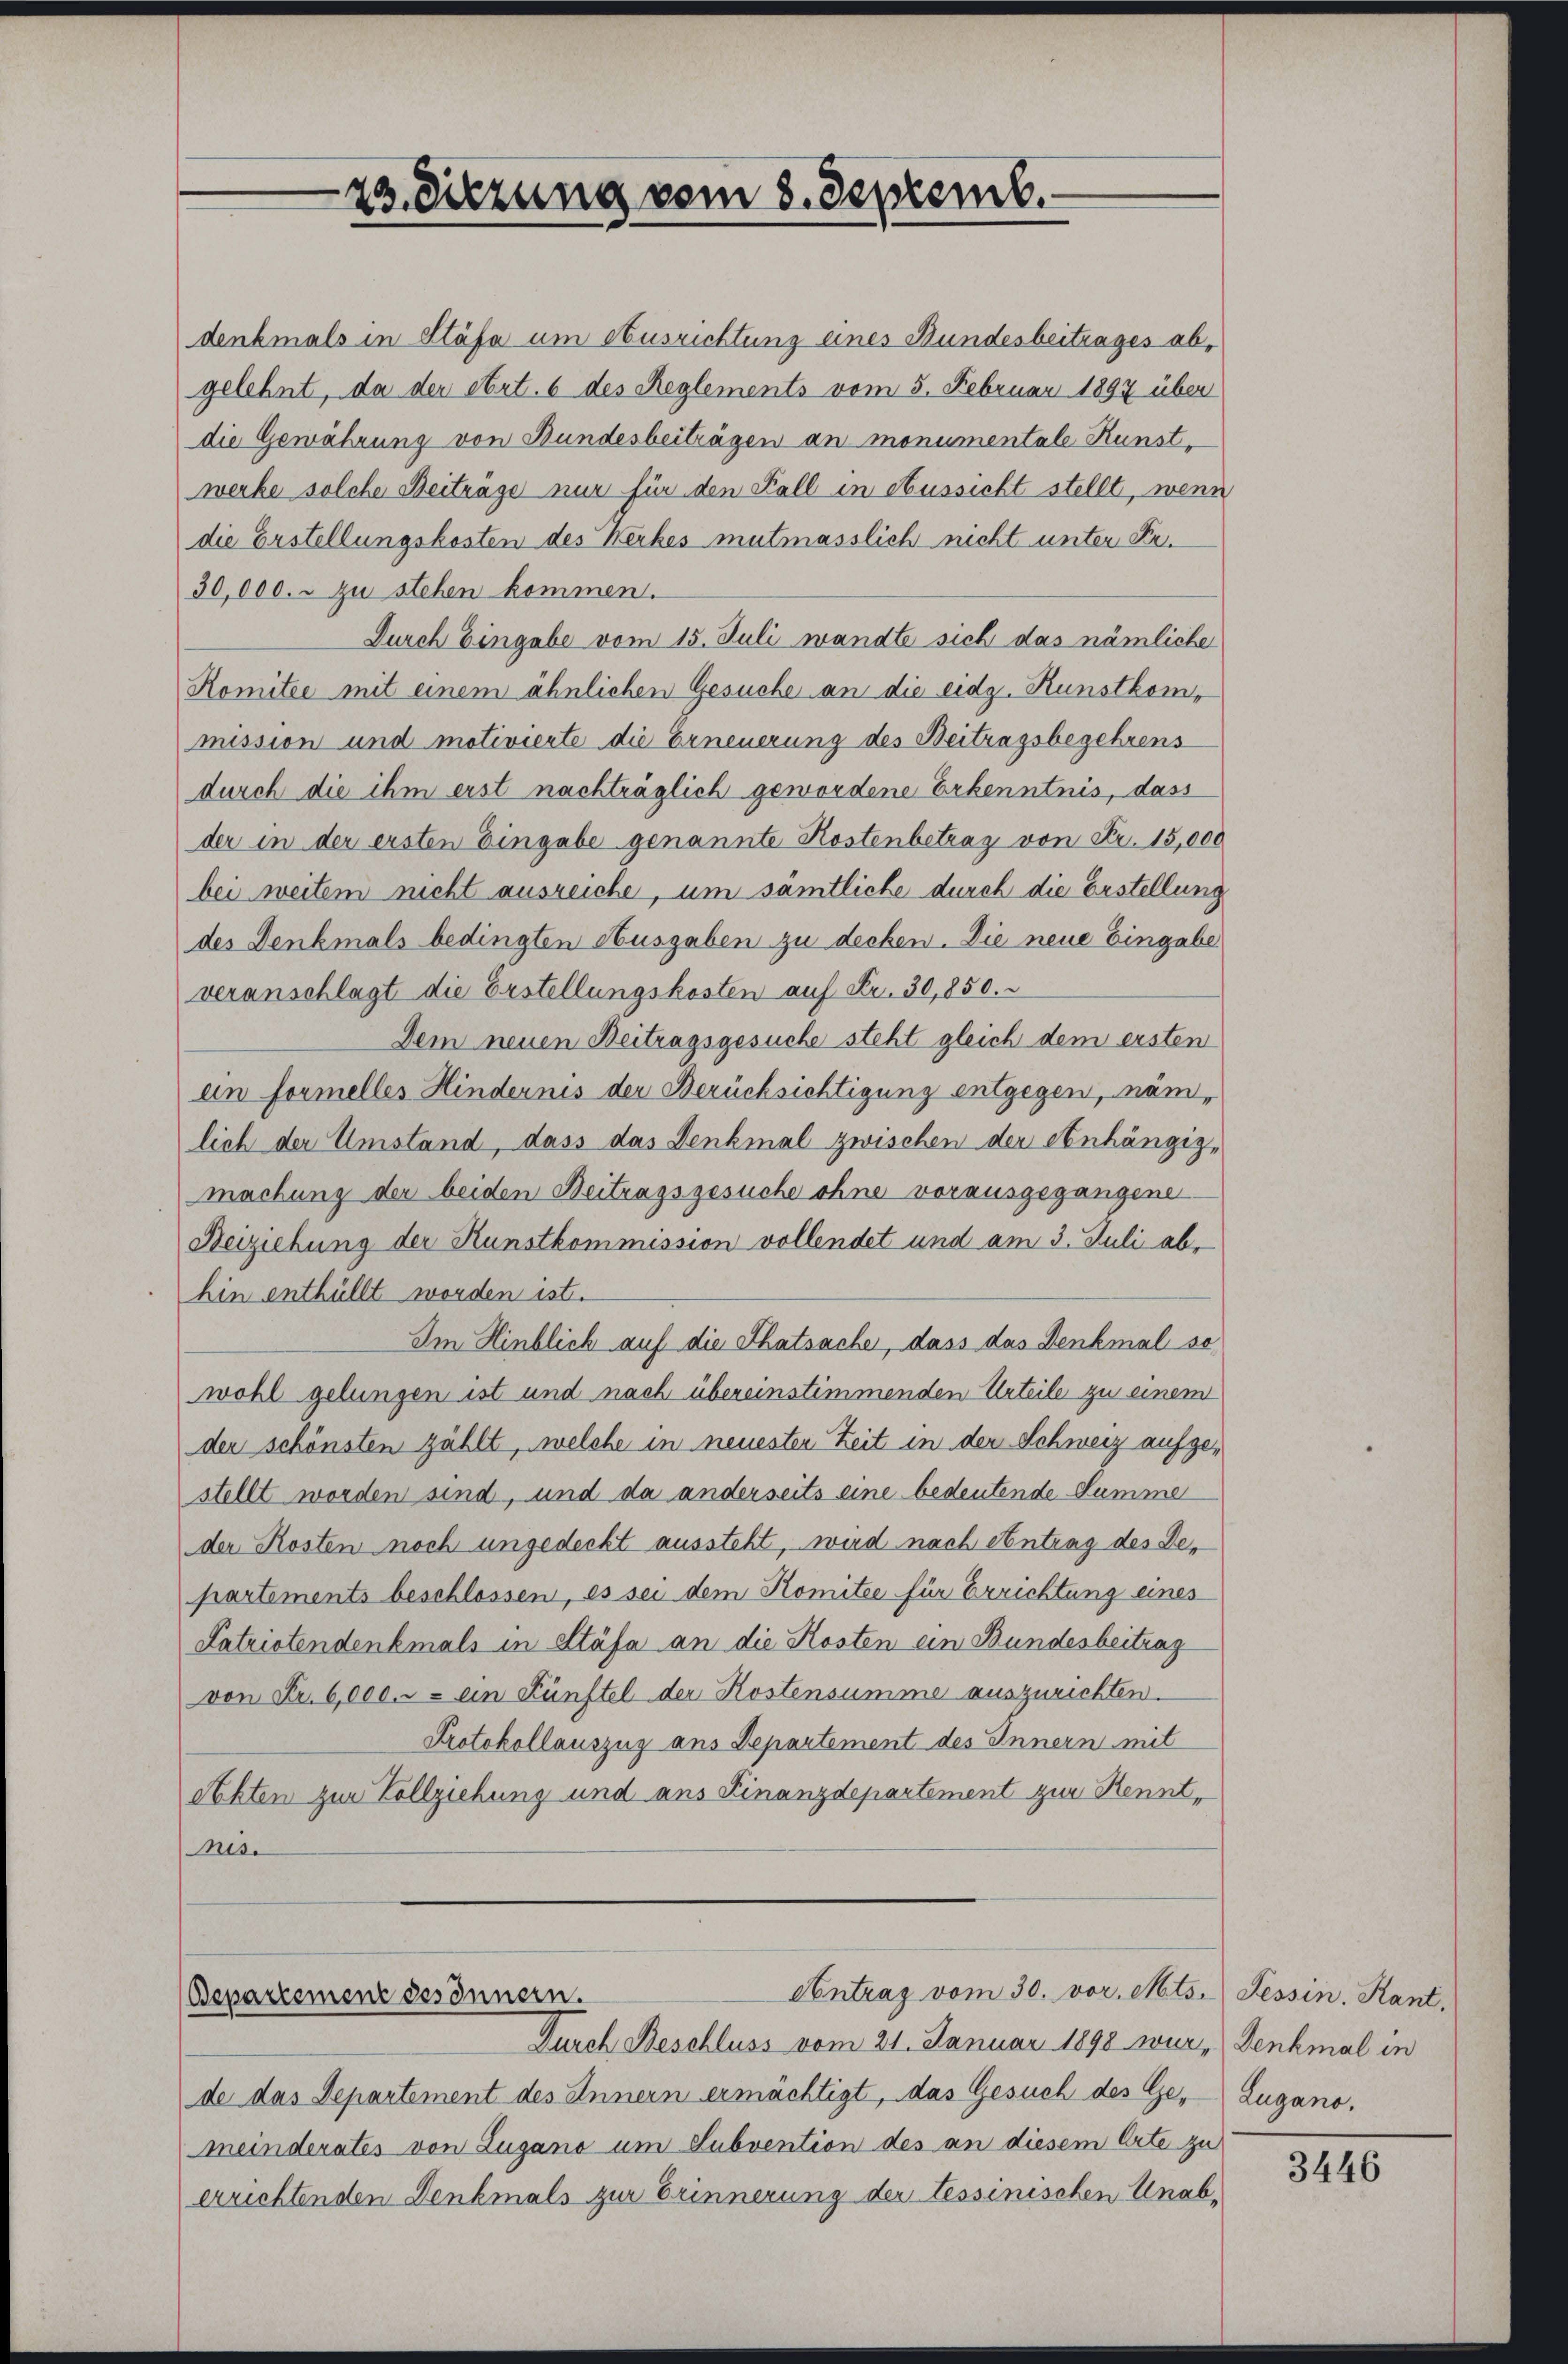
23. Sitzung vom 8. Septemb.

denbmals in Stäfa um Ausrichtung eines Bundesbeitrages abgelehnt, da der Art. 6 des Reglements vom 5. Februar 1897 über
die Gewährung von Bundesbeiträgen an monumentale Kunstwerbe solche Beiträge nur für den Fall in Aussicht stellt, wenn
die Erstellungskosten des Kerkes mutmasslich nicht unter Re¬
30,000.- zu stehen kommen.
Durch Eingabe vom 15. Juli wandte sich das nämliche
Komitee mit einem ähnlichen Gesuche an die eidg. Kunstkommission und motivierte die Erneuerung des Beitragsbegehrens
durch die ihm erst nachträglich gewordene Erkenntnis, dass
der in der ersten Eingabe genannte Kostenbetrag von Fr. 15,000
bei weitem nicht ausreiche, um sämtliche durch die Erstellung
des Denkmals bedingten Ausgaben zu decken. Die neue Eingabe
veranschlagt die Erstellungskosten auf Fr. 30,850.
Dem neuen Beitragsgesuche steht gleich dem ersten
ein Formelles Hindernis der Berücksichtigung entgegen, nämlich der Umstand, dass das Denkmal zwischen der Anhängig-
machung der beiden Beitragsgesuche ohne vorausgegangene
Beiziehung der Kunstkommission vollendet und am 3. Juli ab,
hin enthüllt worden ist.
Im Hinblich auf die Thatsache, dass das Denkmal so
wohl gelungen ist und nach übereinstimmenden Urteile zu einem
den schönsten zählt, welche in neuesten Zeit in der Schweiz aufgestellt worden sind, und da anderseits eine bedeutende Summe
der Kosten noch ungedeckt aussteht, wird nach Antrag des Departements beschlossen, es sei dem Komitee für Errichtung eines
Patriotendenkmals in Stäfa an die Kosten ein Bundesbeitrag
von Fr. 6,000.- ein Fünftel der Kostensumme auszurichten.
Protokollauszug aus Departement des Innern mit
Abten zur Vollziehung und aus Finanzdepartement zur Kenntnis.

Antrag vom 30. vor. Mts. Tessin. Kant,
Bepartement des Innern.
Durch Beschluss vom 21. Januar 1898 wur- Denkmal in

de das Departement des Innern ermächtigt, das Gesuch des Gemeinderates von Lugano um Subvention des an diesem Orte zu
errichtenden Denkmals zur Erinnerung der Tessinischen Unab-

Lugano,

3446